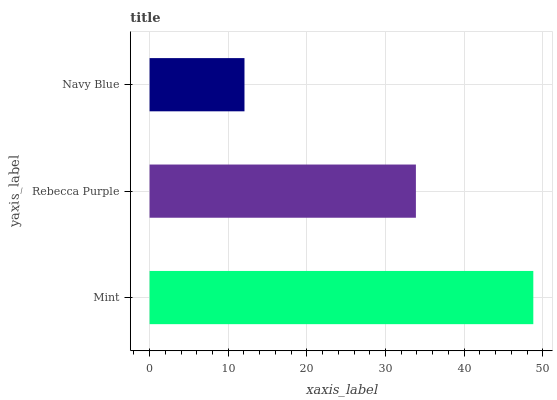
| yaxis_label | bars |
 | --- | --- |
 | Mint | 48.8 |
 | Rebecca Purple | 33.9 |
 | Navy Blue | 12.1 |